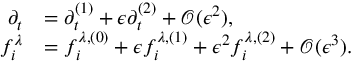
\begin{array} { r l } { \partial _ { t } } & { = \partial _ { t } ^ { ( 1 ) } + \epsilon \partial _ { t } ^ { ( 2 ) } + \mathcal { O } ( \epsilon ^ { 2 } ) , } \\ { f _ { i } ^ { \lambda } } & { = f _ { i } ^ { \lambda , ( 0 ) } + \epsilon f _ { i } ^ { \lambda , ( 1 ) } + \epsilon ^ { 2 } f _ { i } ^ { \lambda , ( 2 ) } + \mathcal { O } ( \epsilon ^ { 3 } ) . } \end{array}